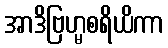
အာဒိဗြဟ္မစရိယိကာ